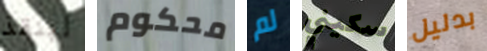
لينقذ محكوم لم سكيني بدليل